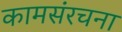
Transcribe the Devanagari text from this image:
कामसंरचना